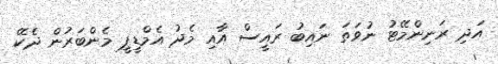
އަދި ރަނިންމޭޓު ނުވަތަ ނައިބު ރައީސް އާއި މެދު އެމްޑީޕީ މެންބަރުން ދެކޭ